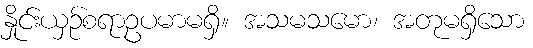
နှိုင်းယှဉ်စရာဥပမာမရှိ။ အသမသမော၊ အတုမရှိသော